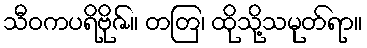
သီဝကပရိဗိုဇ်။ တတြ၊ ထိုသို့သမုတ်ရာ။